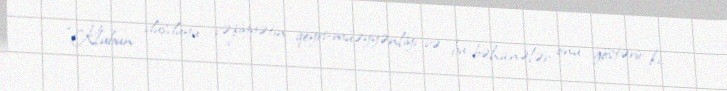
“Klubun düşdüyü vəziyyətin qeyri-müəyyənliyi və bu bəhanələr onu göstərir ki,